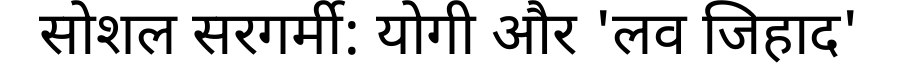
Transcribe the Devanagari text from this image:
सोशल सरगर्मी: योगी और 'लव जिहाद'